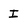
Character: I